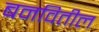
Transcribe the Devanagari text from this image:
बनवितील